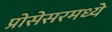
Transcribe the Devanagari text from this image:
प्रोसेसरमध्ये